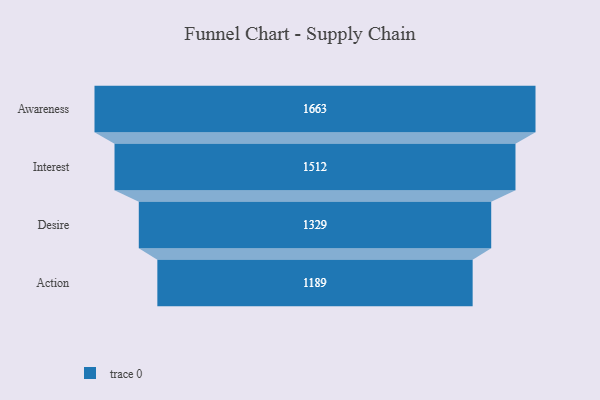
{"axis": {"x": "Stage", "y": "Value"}, "legend": [""], "data": [{"x": "Awareness", "y": 1663.0, "type": ""}, {"x": "Interest", "y": 1512.0, "type": ""}, {"x": "Desire", "y": 1329.0, "type": ""}, {"x": "Action", "y": 1189.0, "type": ""}]}